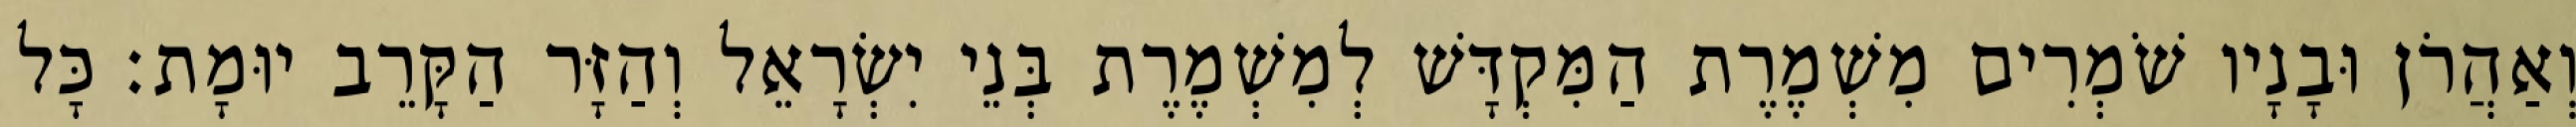
וְאַהֲרֹן וּבָנָיו שֹׁמְרִים מִשְׁמֶרֶת הַמִּקְדָּשׁ לְמִשְׁמֶרֶת בְּנֵי יִשְׂרָאֵל וְהַזָּר הַקָּרֵב יוּמָת׃ כָּל